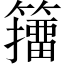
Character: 籒